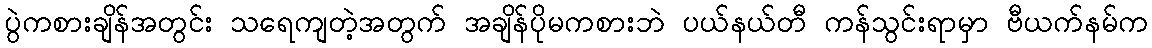
ပွဲကစားချိန်အတွင်း သရေကျတဲ့အတွက် အချိန်ပိုမကစားဘဲ ပယ်နယ်တီ ကန်သွင်းရာမှာ ဗီယက်နမ်က